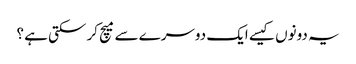
یہ دونوں کیسے ایک دوسرے سے میچ کر سکتی ہے ؟